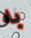
به